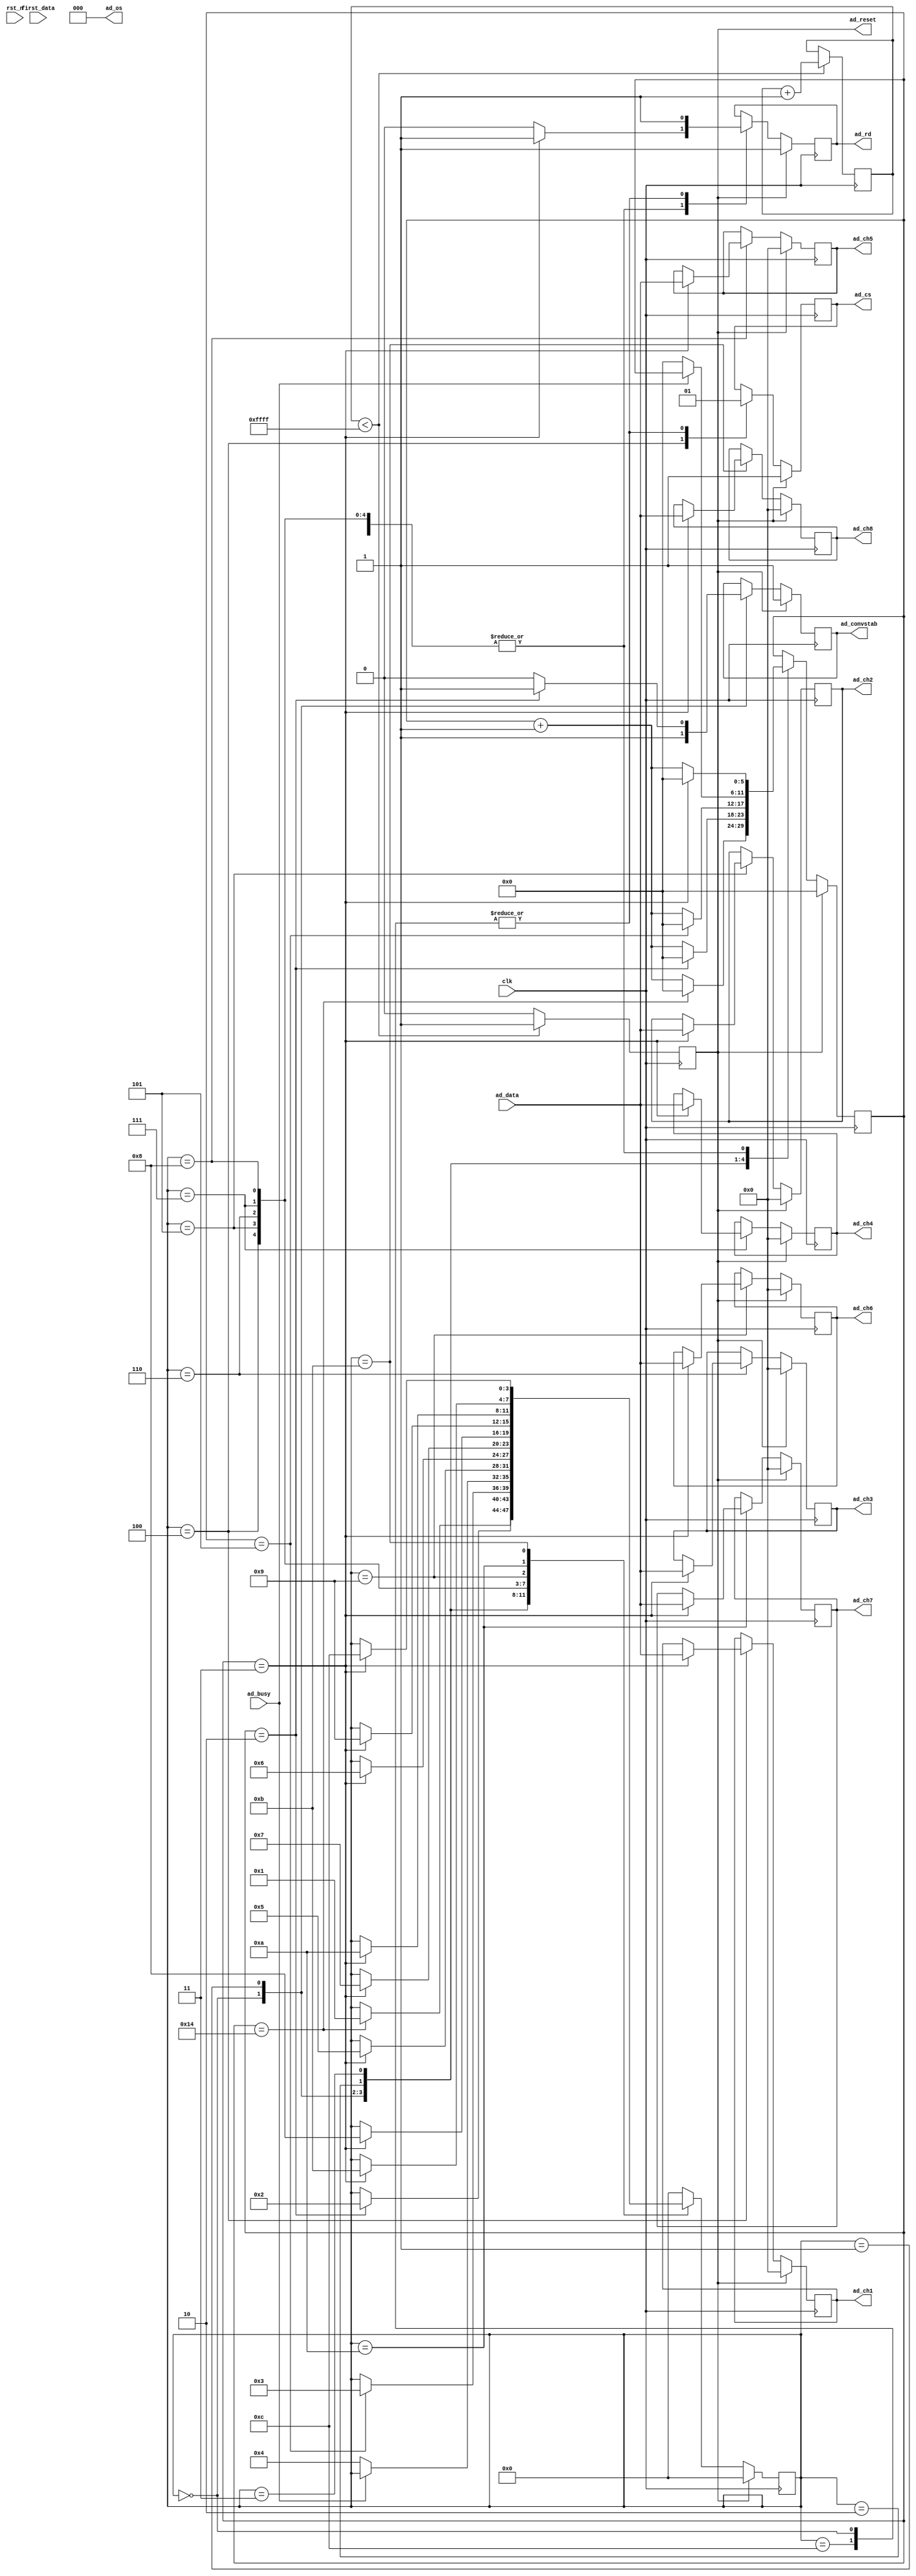
`timescale 1ns / 1ps
//////////////////////////////////////////////////////////////////////////////////
// Module Name:    ad7606 
//////////////////////////////////////////////////////////////////////////////////
module ad7606(
   input        		clk,                  //50mhz
	input        		rst_n,
	
	input [15:0] 		ad_data,            //ad7606 
	input        		ad_busy,            //ad7606  
   input        		first_data,         //ad7606  	    
	output [2:0] 		ad_os,              //ad7606 
	output reg   		ad_cs,              //ad7606 AD cs
	output reg   		ad_rd,              //ad7606 AD data read
	output reg   		ad_reset,           //ad7606 AD reset
	output reg   		ad_convstab,         //ad7606 AD convert start

	output reg [15:0] ad_ch1,              //AD1
	output reg [15:0] ad_ch2,              //AD2
	output reg [15:0] ad_ch3,              //AD3
	output reg [15:0] ad_ch4,              //AD4
	output reg [15:0] ad_ch5,              //AD5
	output reg [15:0] ad_ch6,              //AD6
	output reg [15:0] ad_ch7,              //AD7
	output reg [15:0] ad_ch8               //AD8	
	
		

    );



reg [15:0]  cnt;
reg [5:0] i;
reg [3:0] state;

parameter IDLE=4'd0;
parameter AD_CONV=4'd1;
parameter Wait_1=4'd2;
parameter Wait_busy=4'd3;
parameter READ_CH1=4'd4;
parameter READ_CH2=4'd5;
parameter READ_CH3=4'd6;
parameter READ_CH4=4'd7;
parameter READ_CH5=4'd8;
parameter READ_CH6=4'd9;
parameter READ_CH7=4'd10;
parameter READ_CH8=4'd11;
parameter READ_DONE=4'd12;

assign ad_os=3'b000;

//AD 
always@(posedge clk)
 begin
    if(cnt<16'hffff) begin
        cnt<=cnt+1;
        ad_reset<=1'b1;
      end
      else
        ad_reset<=1'b0;       
   end

always @(posedge clk) 
 begin
	 if (ad_reset==1'b1) begin 
			 state<=IDLE; 
			 ad_ch1<=0;
			 ad_ch2<=0;
			 ad_ch3<=0;
			 ad_ch4<=0;
			 ad_ch5<=0;
			 ad_ch6<=0;
			 ad_ch7<=0;
			 ad_ch8<=0;
			 ad_cs<=1'b1;
			 ad_rd<=1'b1; 
			 ad_convstab<=1'b1;
			 i<=0;
	 end		 
	 else begin
		  case(state)
		  IDLE: begin
				 ad_cs<=1'b1;
				 ad_rd<=1'b1; 
				 ad_convstab<=1'b1; 
				 if(i==20) begin
					 i<=0;			 
					 state<=AD_CONV;
				 end
				 else 
					 i<=i+1'b1;
		  end
		  AD_CONV: begin	   
				 if(i==2) begin                        //2clock
					 i<=0;			 
					 state<=Wait_1;
					 ad_convstab<=1'b1;       				 
				 end
				 else begin
					 i<=i+1'b1;
					 ad_convstab<=1'b0;                     //AD
				 end
		  end
		  Wait_1: begin            
				 if(i==5) begin                           //5clock, busy
					 i<=0;
					 state<=Wait_busy;
				 end
				 else 
					 i<=i+1'b1;
		  end		 
		  Wait_busy: begin            
				 if(ad_busy==1'b0) begin                    //busy
					 i<=0;			 
					 state<=READ_CH1;
				 end
		  end
		  READ_CH1: begin 
				 ad_cs<=1'b0;                              //cs	  
				 if(i==3) begin
					 ad_rd<=1'b1;
					 i<=0;
					 ad_ch1<=ad_data;                        //CH1
					 state<=READ_CH2;				 
				 end
				 else begin
					 ad_rd<=1'b0;	
					 i<=i+1'b1;
				 end
		  end
		  READ_CH2: begin 
				 if(i==3) begin
					 ad_rd<=1'b1;
					 i<=0;
					 ad_ch2<=ad_data;                        //CH2
					 state<=READ_CH3;				 
				 end
				 else begin
					 ad_rd<=1'b0;	
					 i<=i+1'b1;
				 end
		  end
		  READ_CH3: begin 
				 if(i==3) begin
					 ad_rd<=1'b1;
					 i<=0;
					 ad_ch3<=ad_data;                        //CH3
					 state<=READ_CH4;				 
				 end
				 else begin
					 ad_rd<=1'b0;	
					 i<=i+1'b1;
				 end
		  end
		  READ_CH4: begin 
				 if(i==3) begin
					 ad_rd<=1'b1;
					 i<=0;
					 ad_ch4<=ad_data;                        //CH4
					 state<=READ_CH5;				 
				 end
				 else begin
					 ad_rd<=1'b0;	
					 i<=i+1'b1;
				 end
		  end
		  READ_CH5: begin 
				 if(i==3) begin
					 ad_rd<=1'b1;
					 i<=0;
					 ad_ch5<=ad_data;                        //CH5
					 state<=READ_CH6;				 
				 end
				 else begin
					 ad_rd<=1'b0;	
					 i<=i+1'b1;
				 end
		  end
		  READ_CH6: begin 
				 if(i==3) begin
					 ad_rd<=1'b1;
					 i<=0;
					 ad_ch6<=ad_data;                        //CH6
					 state<=READ_CH7;				 
				 end
				 else begin
					 ad_rd<=1'b0;	
					 i<=i+1'b1;
				 end
		  end
		  READ_CH7: begin 
				 if(i==3) begin
					 ad_rd<=1'b1;
					 i<=0;
					 ad_ch7<=ad_data;                        //CH7
					 state<=READ_CH8;				 
				 end
				 else begin
					 ad_rd<=1'b0;	
					 i<=i+1'b1;
				 end
		  end
		  READ_CH8: begin 
				 if(i==3) begin
					 ad_rd<=1'b1;
					 i<=0;
					 ad_ch8<=ad_data;                        //CH8
					 state<=READ_DONE;				 
				 end
				 else begin
					 ad_rd<=1'b0;	
					 i<=i+1'b1;
				 end
		  end
		  READ_DONE:begin
					 ad_rd<=1'b1;	 
					 ad_cs<=1'b1;
					 state<=IDLE;
		  end		
		  default:	state<=IDLE;
		  endcase	
    end	  
				 
 end

endmodule